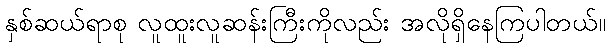
နှစ်ဆယ်ရာစု လူထူးလူဆန်းကြီးကိုလည်း အလိုရှိနေကြပါတယ်။